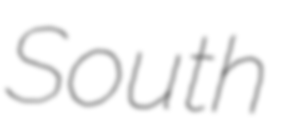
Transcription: South